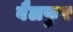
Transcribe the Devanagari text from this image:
बैलफुर